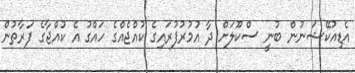
އެޑިއުކޭޝަނުން ބުނީ ސްކޫލަށް ދާ އުމުރުފުރައިގެ ކުއްޖެއްގެ ހައްގު އެ ކުއްޖާގެ ފަރާތުން